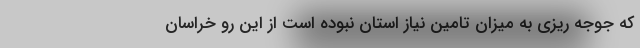
که جوجه ریزی به میزان تامین نیاز استان نبوده است از این رو خراسان